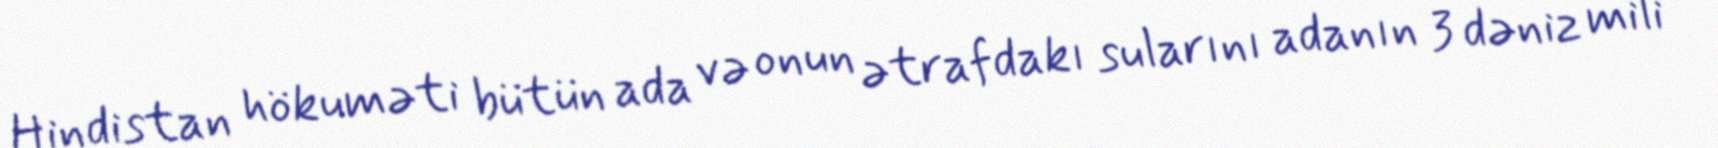
Hindistan hökuməti bütün ada və onun ətrafdakı sularını adanın 3 dəniz mili